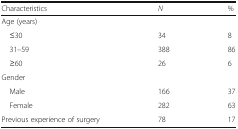
| Characteristics | N | % |
 | --- | --- | --- |
 | Age (years) |  |  |
 | ≤30 | 34 | 8 |
 | 31–59 | 388 | 86 |
 | ≥60 | 26 | 6 |
 | Gender |  |  |
 | Male | 166 | 37 |
 | Female | 282 | 63 |
 | Previous experience of surgery | 78 | 17 |